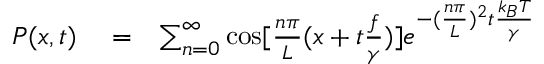
\begin{array} { r l r } { P ( x , t ) } & { { } = } & { \sum _ { n = 0 } ^ { \infty } \cos [ { \frac { n \pi } { L } } ( x + t { \frac { f } { \gamma } } ) ] e ^ { - ( { \frac { n \pi } { L } } ) ^ { 2 } t { \frac { k _ { B } T } { \gamma } } } } \end{array}